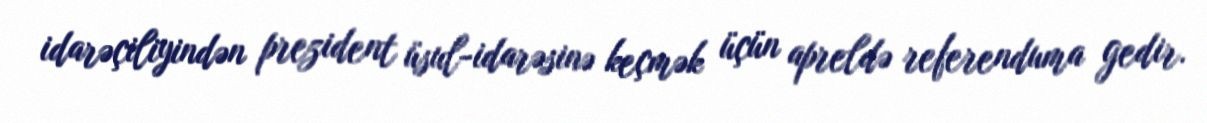
idarəçiliyindən prezident üsul-idarəsinə keçmək üçün apreldə referenduma gedir.